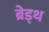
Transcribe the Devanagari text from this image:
ब्रेड्थ